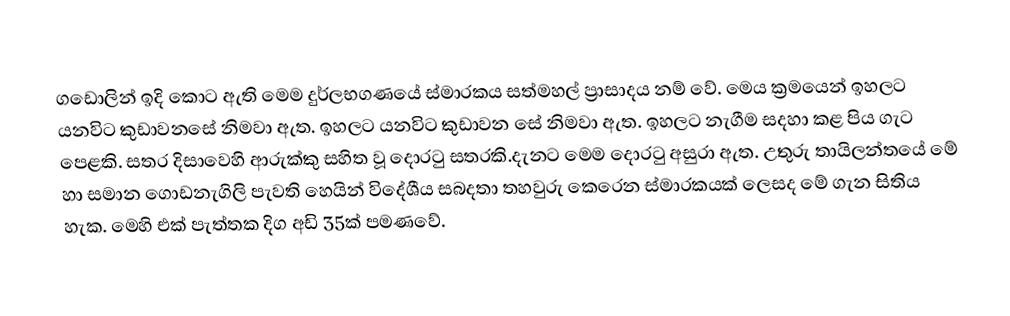
ගඩොලින් ඉදි කොට ඇති මෙම දුර්ලභගණයේ ස්මාරකය සත්මහල් ප්‍රාසාදය නම් වේ. මෙය ක්‍රමයෙන් ඉහලට යනවිට කුඩාවනසේ නිමවා ඇත. ඉහලට යනවිට කුඩාවන සේ නිමවා ඇත. ඉහලට නැගීම සදහා කළ පිය ගැට පෙළකි. සතර දිසාවෙහි ආරුක්කු සහිත වූ දොරටු සතරකි.දැනට මෙම දොරටු අසුරා ඇත. උතුරු තායිලන්තයේ මේ හා සමාන ගොඩනැගිලි පැවති හෙයින් විදේශීය සබදතා තහවුරු කෙරෙන ස්මාරකයක් ලෙසද මේ ගැන සිතිය හැක. මෙහි එක් පැත්තක දිග අඩි 35ක් පමණවේ.